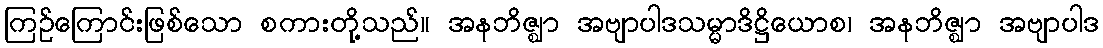
ကြဉ်ကြောင်းဖြစ်သော စကားတို့သည်။ အနဘိဇ္ဈာ အဗျာပါဒသမ္မာဒိဋ္ဌိယောစ၊ အနဘိဇ္ဈာ အဗျာပါဒ